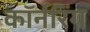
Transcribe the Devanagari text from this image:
कॉर्नरिंग